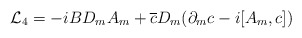
\begin{align*}{\cal L}_4 = -iB D_m A_m+ \overline c D_m (\partial_m c -i[A_m,c])\end{align*}